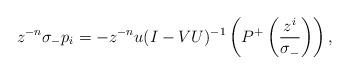
LaTeX: \begin{align*}z^{-n}\sigma_{-}p_{i}=-z^{-n}u(I-VU)^{-1}\left( P^{+} \left( \frac{z^{i}}{\sigma_{-}} \right) \right),\end{align*}